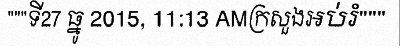
"""ទី27 ធ្នូ 2015, 11:13 AMក្រសួងអប់រំ"""